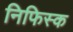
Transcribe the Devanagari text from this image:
निफिस्क